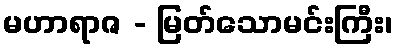
မဟာရာဇ - မြတ်သောမင်းကြီး၊